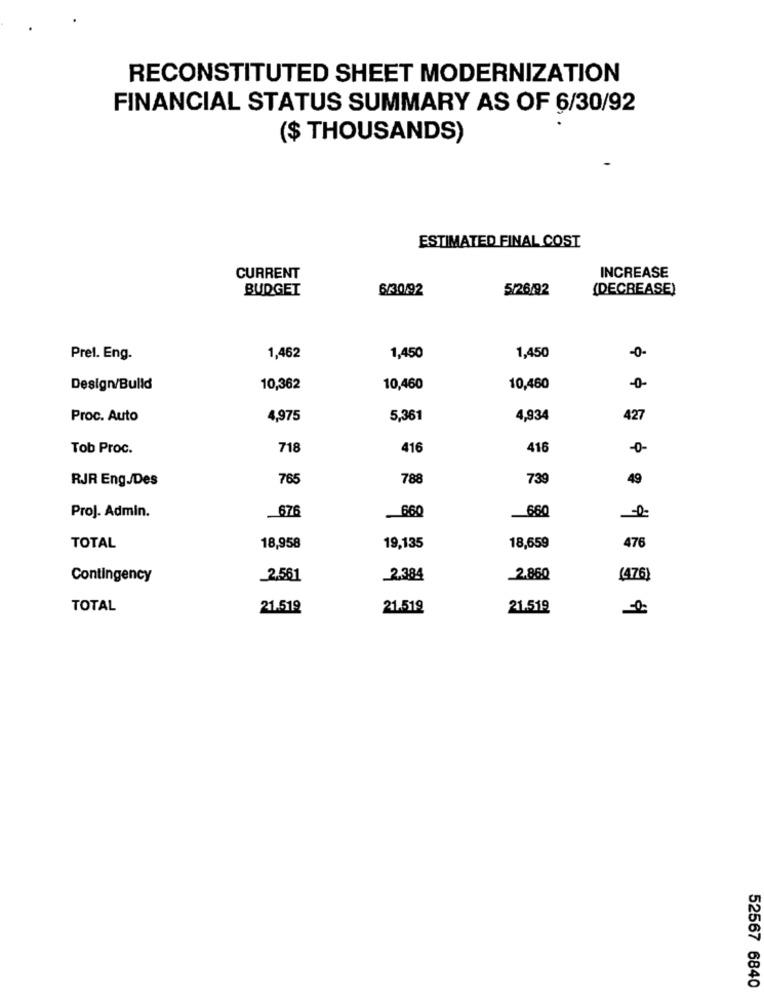
RECONSTITUTED SHEET MODERNIZATION
FINANCIAL STATUS SUMMARY AS OF 6/30/92
($ THOUSANDS)
ESTIMATED FINAL COST
CURRENT
INCREASE
BUDGET
6/30/92
5/26/92
(DECREASE)
Prel. Eng.
1,462
1,450
1,450
-0-
Design/Bulld
10,362
10,460
10,460
-0-
Proc. Auto
4,975
5,361
4,934
427
Tob Proc.
718
416
416
-0-
RJR Eng.Des
765
788
739
49
Proj. Admin.
676
660
660
TOTAL
18,958
19,135
18,659
476
Contingency
2,561
2.384
2.860
(476)
TOTAL
21.519
21.519
21.519
52567 6840